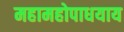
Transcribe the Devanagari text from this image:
महामहोपाधयाय